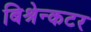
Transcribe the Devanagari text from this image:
बिश्रेन्कटर